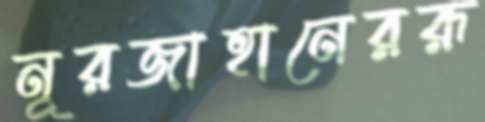
নূরজাহানেররূ